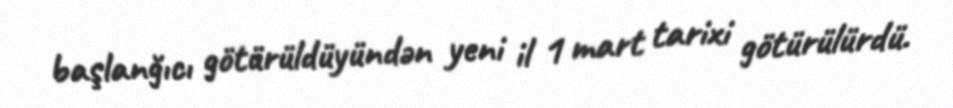
başlanğıcı götürüldüyündən yeni il 1 mart tarixi götürülürdü.